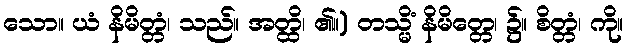
သော။ ယံ နိမိတ္တံ၊ သည်။ အတ္ထိ၊ ၏။) တသ္မိံ နိမိတ္တေ၊ ၌။ စိတ္တံ၊ ကို။